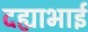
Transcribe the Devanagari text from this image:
दह्याभाई